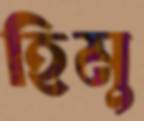
হিমু